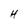
Character: H